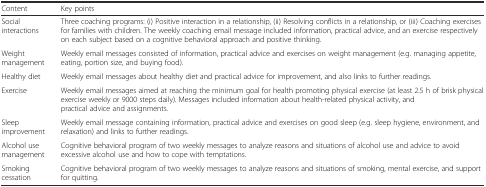
<table><thead><tr><td><b>Content</b></td><td><b>Key points</b></td></tr></thead><tbody><tr><td>Social interactions</td><td>Three coaching programs: (i) Positive interaction in a relationship, (ii) Resolving conflicts in a relationship, or (iii) Coaching exercises for families with children. The weekly coaching email message included information, practical advice, and an exercise respectively on each subject based on a cognitive behavioral approach and positive thinking.</td></tr><tr><td>Weight management</td><td>Weekly email messages consisted of information, practical advice and exercises on weight management (e.g. managing appetite, eating, portion size, and buying food).</td></tr><tr><td>Healthy diet</td><td>Weekly email messages about healthy diet and practical advice for improvement, and also links to further readings.</td></tr><tr><td>Exercise</td><td>Weekly email messages aimed at reaching the minimum goal for health promoting physical exercise (at least 2.5 h of brisk physical exercise weekly or 9000 steps daily). Messages included information about health-related physical activity, and practical advice and assignments.</td></tr><tr><td>Sleep improvement</td><td>Weekly email message containing information, practical advice and exercises on good sleep (e.g. sleep hygiene, environment, and relaxation) and links to further readings.</td></tr><tr><td>Alcohol use management</td><td>Cognitive behavioral program of two weekly messages to analyze reasons and situations of alcohol use and advice to avoid excessive alcohol use and how to cope with temptations.</td></tr><tr><td>Smoking cessation</td><td>Cognitive behavioral program of two weekly messages to analyze reasons and situations of smoking, mental exercise, and support for quitting.</td></tr></tbody></table>